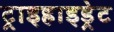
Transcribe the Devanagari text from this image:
ट्राइहाइड्रेट